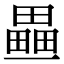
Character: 𤳏